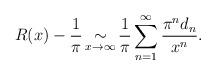
LaTeX: \begin{align*} R(x) - {1 \over \pi} \mathop{\sim}\limits_{x \to \infty} {1 \over \pi} \sum_{n=1}^\infty {\pi^{n} d_{n} \over x^{n}}. \end{align*}